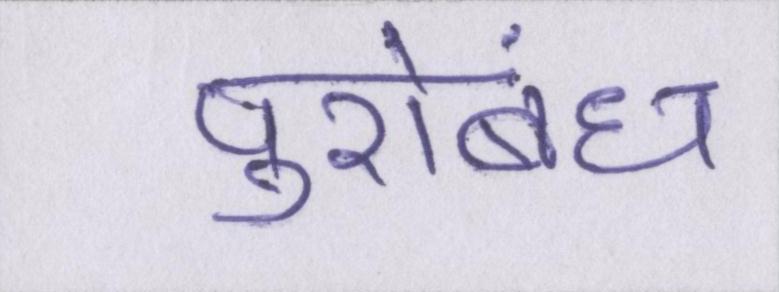
पुरोबंध